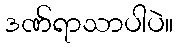
ဒဏ်ရာသာပါပဲ။